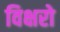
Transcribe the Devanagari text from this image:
विक्षरो